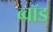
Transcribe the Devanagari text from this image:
ब्वॉड